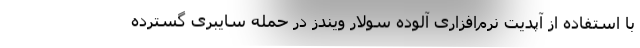
با استفاده از آپدیت نرم‌افزاری آلوده سولار ویندز در حمله سایبری گسترده